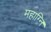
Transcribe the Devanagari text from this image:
महाग्नि